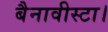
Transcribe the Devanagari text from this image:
बैनावीस्टा।